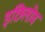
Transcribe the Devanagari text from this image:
इछिलोव